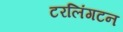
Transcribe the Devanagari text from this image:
टरलिंगटन